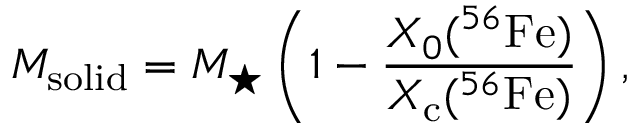
M _ { \mathrm { s o l i d } } = M _ { \star } \left( 1 - \frac { X _ { 0 } ( ^ { 5 6 } \mathrm { F e } ) } { X _ { \mathrm { c } } ( ^ { 5 6 } \mathrm { F e } ) } \right) ,